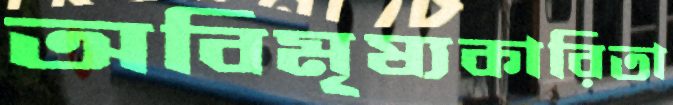
অবিমৃষ্যকারিতা